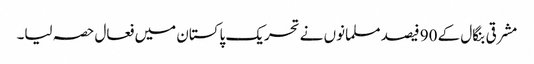
مشرقی بنگال کے 90 فیصد مسلمانوں نے تحریک پاکستان میں فعال حصہ لیا۔